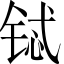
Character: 铽